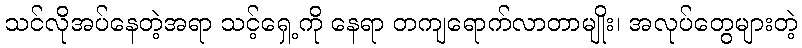
သင်လိုအပ်နေတဲ့အရာ သင့်ရှေ့ကို နေရာ တကျရောက်လာတာမျိုး၊ အလုပ်တွေများတဲ့